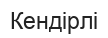
Кендірлі